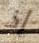
إذ